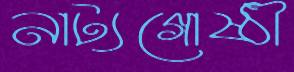
নাট্যগোষ্ঠী